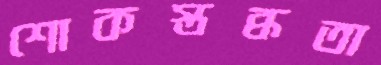
শোকস্তব্ধতা